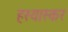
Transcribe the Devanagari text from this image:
हस्यास्कर